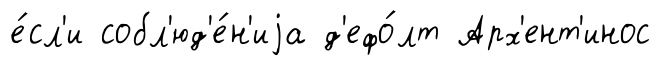
е́сл'и собл'юд'е́н'иjа д'ефо́лт Арх'ент'инос